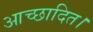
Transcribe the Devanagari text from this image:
आच्छादित।